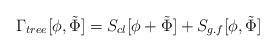
LaTeX: \begin{align*}\Gamma_{tree} [\phi, \tilde \Phi ] = S_{cl}[\phi +\tilde \Phi] + S_{g.f}[\phi, \tilde \Phi]\end{align*}